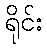
ရိုင်း